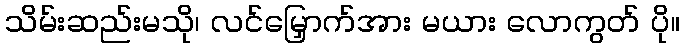
သိမ်းဆည်းမသို၊ လင်မြှောက်အား မယား လောကွတ် ပို။